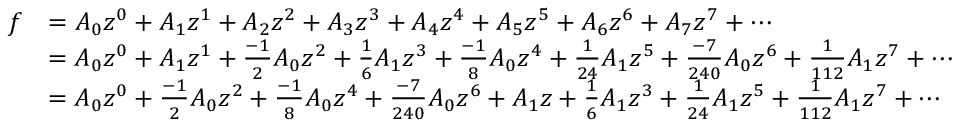
{ \begin{array} { r l } { f } & { = A _ { 0 } z ^ { 0 } + A _ { 1 } z ^ { 1 } + A _ { 2 } z ^ { 2 } + A _ { 3 } z ^ { 3 } + A _ { 4 } z ^ { 4 } + A _ { 5 } z ^ { 5 } + A _ { 6 } z ^ { 6 } + A _ { 7 } z ^ { 7 } + \cdots } \\ & { = A _ { 0 } z ^ { 0 } + A _ { 1 } z ^ { 1 } + { \frac { - 1 } { 2 } } A _ { 0 } z ^ { 2 } + { \frac { 1 } { 6 } } A _ { 1 } z ^ { 3 } + { \frac { - 1 } { 8 } } A _ { 0 } z ^ { 4 } + { \frac { 1 } { 2 4 } } A _ { 1 } z ^ { 5 } + { \frac { - 7 } { 2 4 0 } } A _ { 0 } z ^ { 6 } + { \frac { 1 } { 1 1 2 } } A _ { 1 } z ^ { 7 } + \cdots } \\ & { = A _ { 0 } z ^ { 0 } + { \frac { - 1 } { 2 } } A _ { 0 } z ^ { 2 } + { \frac { - 1 } { 8 } } A _ { 0 } z ^ { 4 } + { \frac { - 7 } { 2 4 0 } } A _ { 0 } z ^ { 6 } + A _ { 1 } z + { \frac { 1 } { 6 } } A _ { 1 } z ^ { 3 } + { \frac { 1 } { 2 4 } } A _ { 1 } z ^ { 5 } + { \frac { 1 } { 1 1 2 } } A _ { 1 } z ^ { 7 } + \cdots } \end{array} }